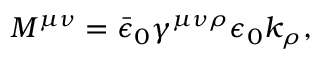
M ^ { \mu \nu } = \bar { \epsilon } _ { 0 } \gamma ^ { \mu \nu \rho } \epsilon _ { 0 } k _ { \rho } ,